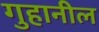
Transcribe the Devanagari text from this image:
गुहानील